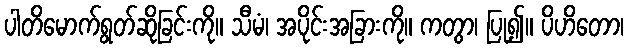
ပါတိမောက်ရွတ်ဆိုခြင်းကို။ သီမံ၊ အပိုင်းအခြားကို။ ကတွာ၊ ပြု၍။ ပိဟိတော၊